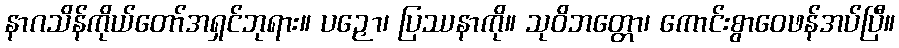
နာဂသိန်ကိုယ်တော်အရှင်ဘုရား။ ပဉှော၊ ပြဿနာကို။ သုဝိဘတ္တော၊ ကောင်းစွာဝေဖန်အပ်ပြီ။